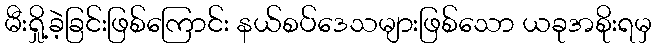
မီးရှို့ခဲ့ခြင်းဖြစ်ကြောင်း နယ်စပ်ဒေသများဖြစ်သော ယခုအစိုးရမှ